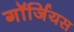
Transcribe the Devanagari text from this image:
गॉर्जियस